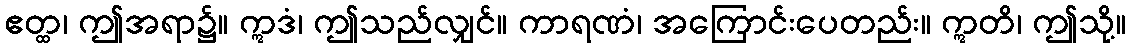
ဧတ္ထ၊ ဤအရာ၌။ ဣဒံ၊ ဤသည်လျှင်။ ကာရဏံ၊ အကြောင်းပေတည်း။ ဣတိ၊ ဤသို့။